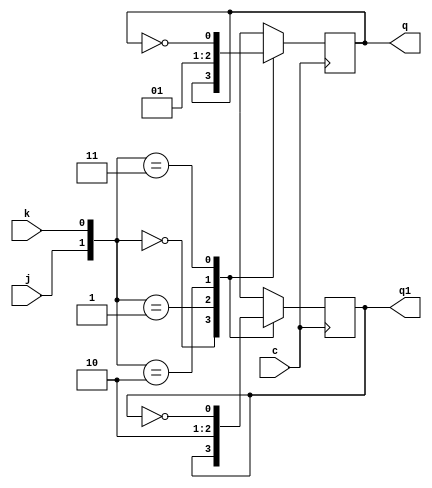
module jk(q,q1,j,k,c);
output q,q1;
input j,k,c;
reg q,q1;
initial begin q=1'b0; q1=1'b1; end
always @ (posedge c)
  begin
	case({j,k})
		 {1'b0,1'b0}:begin q=q; q1=q1; end
		 {1'b0,1'b1}: begin q=1'b0; q1=1'b1; end
		 {1'b1,1'b0}:begin q=1'b1; q1=1'b0; end
		 {1'b1,1'b1}: begin q=~q; q1=~q1; end
	endcase
   end
endmodule